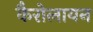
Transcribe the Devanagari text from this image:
कैरोलायन